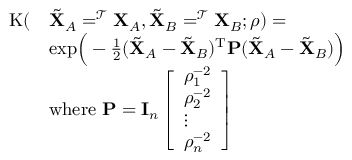
\begin{array} { r l } { \mathrm { K } ( } & { \tilde { \mathbf { X } } _ { A } = ^ { \mathcal { T } } \mathbf { X } _ { A } , \tilde { \mathbf { X } } _ { B } = ^ { \mathcal { T } } \mathbf { X } _ { B } ; \boldsymbol { \rho } ) = } \\ & { \mathrm { e x p } \Big ( - \frac { 1 } { 2 } ( \tilde { \mathbf { X } } _ { A } - \tilde { \mathbf { X } } _ { B } ) ^ { \mathrm { T } } \mathbf { P } ( \tilde { \mathbf { X } } _ { A } - \tilde { \mathbf { X } } _ { B } ) \Big ) } \\ & { \mathrm { w h e r e } \ \mathbf { P } = \mathbf { I } _ { n } \left[ \begin{array} { l } { \rho _ { 1 } ^ { - 2 } } \\ { \rho _ { 2 } ^ { - 2 } } \\ { \vdots } \\ { \rho _ { n } ^ { - 2 } } \end{array} \right] } \end{array}